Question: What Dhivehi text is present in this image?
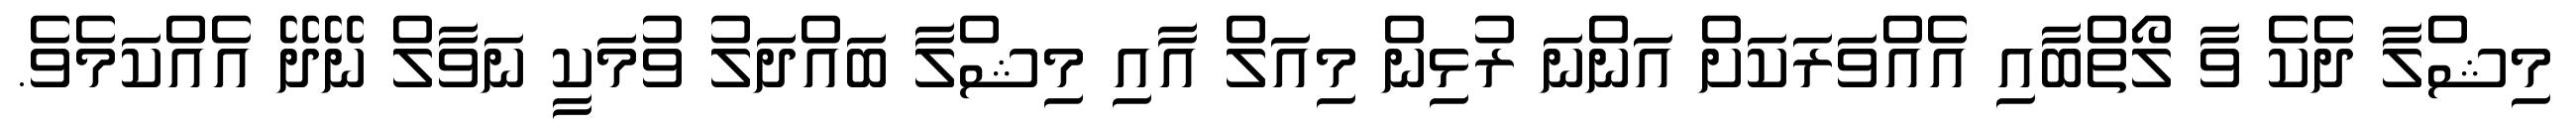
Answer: މިޝްލާ ދެކެ ވާ ލޯތްބާއި އެއްވަރަކަށް އަންނަ ރުޅިން މިއަލް އާއި މިޝްލާ ބައްދަލު ވުމަކީ ނަވާލް ނޭދޭ އެއްކަމެވެ.